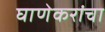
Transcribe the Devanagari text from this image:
घाणेकरांचा